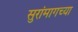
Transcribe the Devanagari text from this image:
सुरांमागच्या